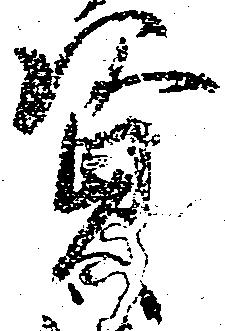
資